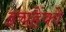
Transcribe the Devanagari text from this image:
इचहेंको